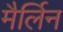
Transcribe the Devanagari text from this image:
मैर्लिन